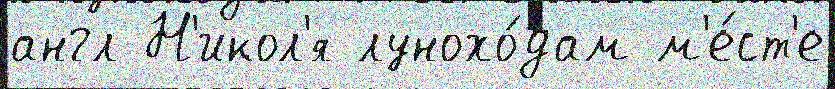
англ Н'икол'я лунохо́дам м'е́ст'е